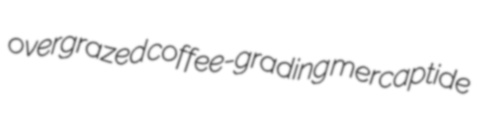
overgrazed coffee-grading mercaptide